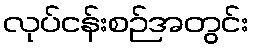
လုပ်ငန်းစဉ်အတွင်း